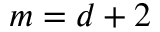
m = d + 2